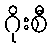
ဂိုးစီ